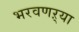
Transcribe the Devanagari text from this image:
भरवणऱ्या